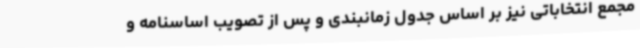
مجمع انتخاباتی نیز بر اساس جدول زمانبندی و پس از تصویب اساسنامه و